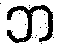
ဘ